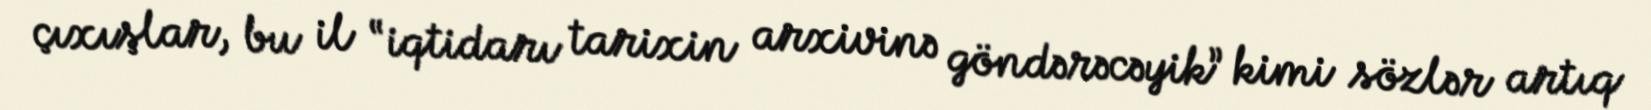
çıxışlar, bu il “iqtidarı tarixin arxivinə göndərəcəyik” kimi sözlər artıq